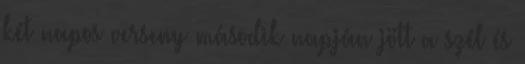
két napos verseny második napján jött a szél és